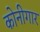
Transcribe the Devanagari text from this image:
कोनीगार